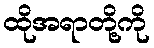
ထိုအရာတို့ကို